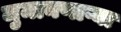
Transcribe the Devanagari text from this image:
जुमानणाऱ्या